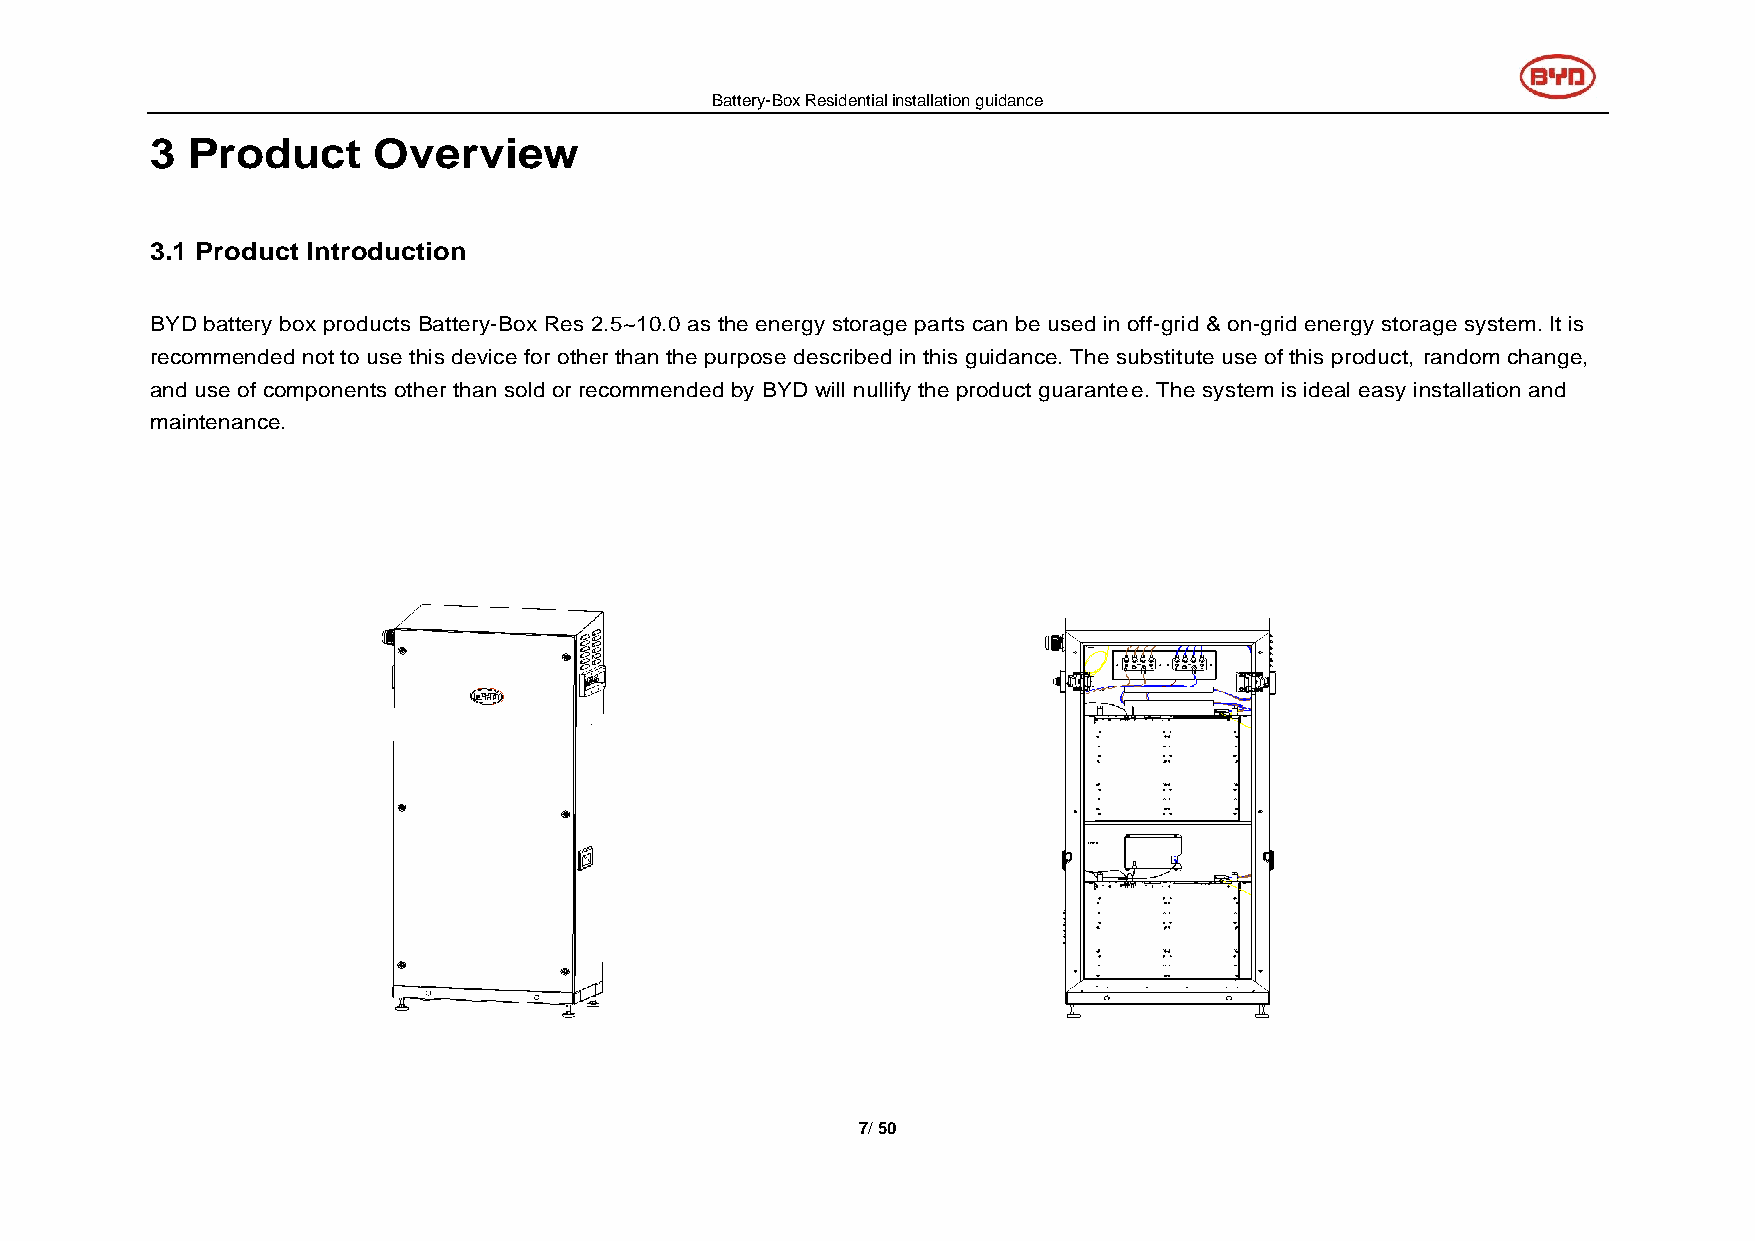
Battery-Box Residential installation guidance
 3 Product      Overview
 3.1 Product Introduction
 BYD battery box products Battery-Box Res 2.5~10.0 as the energy storage parts can be used in off-grid & on-grid energy storage system. It is
 recommended not to use this device for other than the purpose described in this guidance. The substitute use of this product, random change,
 and use of components other than sold or recommended by BYD will nullify the product guarantee. The system is ideal easy installation and
 maintenance.
 7/ 50